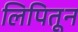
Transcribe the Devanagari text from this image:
लिपितून